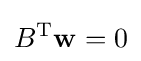
B^{\textrm {T}}\mathbf {w} =0